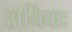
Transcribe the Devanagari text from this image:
सचिवाः